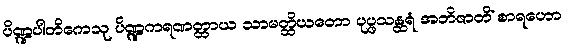
ပိဏ္ဍပါတိကေသု ပိဏ္ဍကရဏတ္ထာယ သာမတ္ထိယတော ပုပ္ဖသန္ထရံ အဘိဇာတိံ စာရဟော